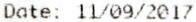
DATE: 11/09/2017